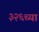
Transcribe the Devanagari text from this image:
३२६च्या